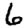
Digit: 6